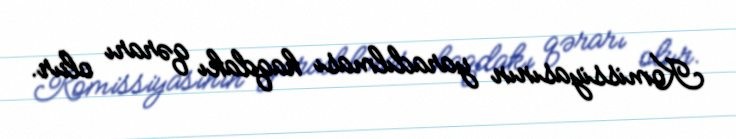
Komissiyasının yaradılması haqdakı qərarı olur.